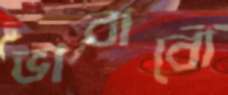
ভাবাবো